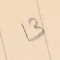
13